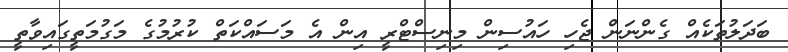
ބަދަލުތަކެއް ގެންނަން ޖެހި ހައުސިން މިނިސްޓްރީ އިން އެ މަސައްކަތް ކުރުމުގެ މަގުމަތީގައިވާތީ